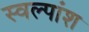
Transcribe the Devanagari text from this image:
स्वल्पांश